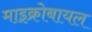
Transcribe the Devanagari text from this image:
माइक्रोबायल